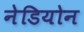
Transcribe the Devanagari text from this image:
नेडियोन